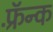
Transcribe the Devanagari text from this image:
फ़्रॅन्क